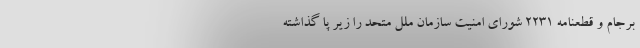
برجام و قطعنامه 2231 شورای امنیت سازمان ملل متحد را زیر پا گذاشته